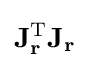
\mathbf {J} _{\mathbf {r} }^{\operatorname {T} }\mathbf {J_{r}}